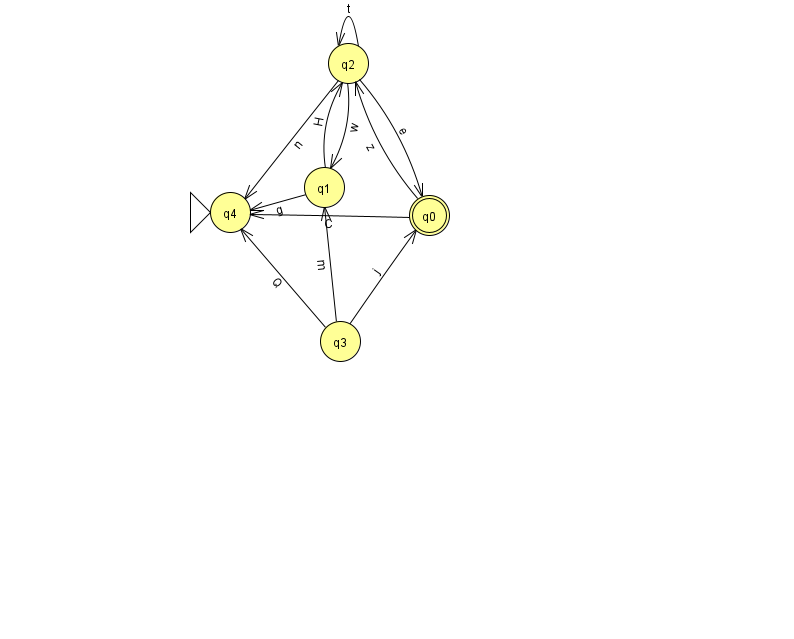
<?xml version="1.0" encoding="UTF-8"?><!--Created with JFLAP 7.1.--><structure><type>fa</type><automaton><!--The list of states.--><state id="0" name="q0"><x>429.0</x><y>202.0</y><final/></state><state id="1" name="q1"><x>324.0</x><y>174.0</y></state><state id="2" name="q2"><x>348.0</x><y>50.0</y></state><state id="3" name="q3"><x>340.0</x><y>328.0</y></state><state id="4" name="q4"><x>230.0</x><y>199.0</y><initial/></state><!--The list of transitions.--><transition><from>0</from><to>4</to><read>C</read></transition><transition><from>3</from><to>4</to><read>Q</read></transition><transition><from>3</from><to>1</to><read>m</read></transition><transition><from>2</from><to>2</to><read>t</read></transition><transition><from>1</from><to>2</to><read>H</read></transition><transition><from>2</from><to>0</to><read>e</read></transition><transition><from>0</from><to>2</to><read>z</read></transition><transition><from>2</from><to>1</to><read>w</read></transition><transition><from>3</from><to>0</to><read>j</read></transition><transition><from>1</from><to>4</to><read>g</read></transition><transition><from>2</from><to>4</to><read>n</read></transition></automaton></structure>